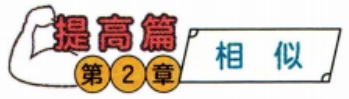
\textbf{提高篇} \qquad \fbox{\textbf{相 似}}\\
\makebox[2em]{第}\textcircled{2}\makebox[2em]{章}